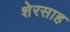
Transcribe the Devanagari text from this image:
शेरसाह